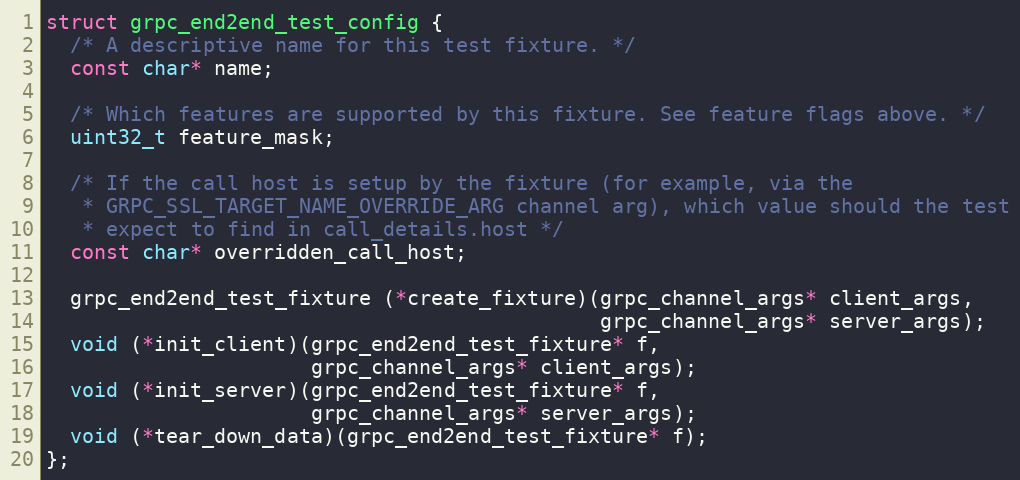
Language: C
struct grpc_end2end_test_config {
  /* A descriptive name for this test fixture. */
  const char* name;

  /* Which features are supported by this fixture. See feature flags above. */
  uint32_t feature_mask;

  /* If the call host is setup by the fixture (for example, via the
   * GRPC_SSL_TARGET_NAME_OVERRIDE_ARG channel arg), which value should the test
   * expect to find in call_details.host */
  const char* overridden_call_host;

  grpc_end2end_test_fixture (*create_fixture)(grpc_channel_args* client_args,
                                              grpc_channel_args* server_args);
  void (*init_client)(grpc_end2end_test_fixture* f,
                      grpc_channel_args* client_args);
  void (*init_server)(grpc_end2end_test_fixture* f,
                      grpc_channel_args* server_args);
  void (*tear_down_data)(grpc_end2end_test_fixture* f);
};